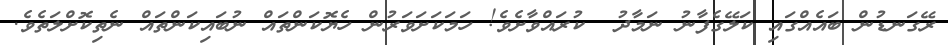
ރޭގަނޑުން ބައެއްގައި ކަލޭގެފާނު ނަމާދު  ކުރައްވާށެވެ! ހަމަކަށަވަރުން ހެޔޮކަންތައް ނުބައިކަންތައް ނެތިކޮށްލަތެވެ.